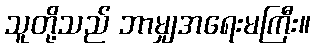
သူတို့သည် ဘာမျှအရေးမကြီး။